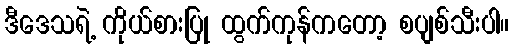
ဒီဒေသရဲ့ ကိုယ်စားပြု ထွက်ကုန်ကတော့ စပျစ်သီးပါ။